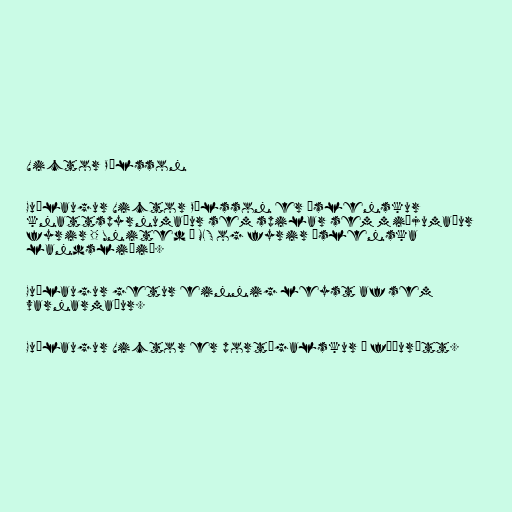
Victor Pálsson

Guðlaugur Victor Pálsson er íslenskur
knattspyrnumaður sem spilar sem miðjumaður
fyrir DC United í MLS og fyrir íslenska
landsliðið.

Guðlaugur getur einnig leyst af sem
varnarmaður.

Guðlaugur Victor er portúgalskur í föðurætt.